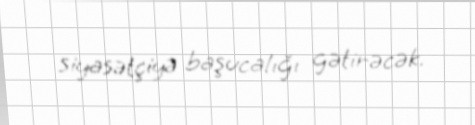
siyasətçiyə başucalığı gətirəcək.